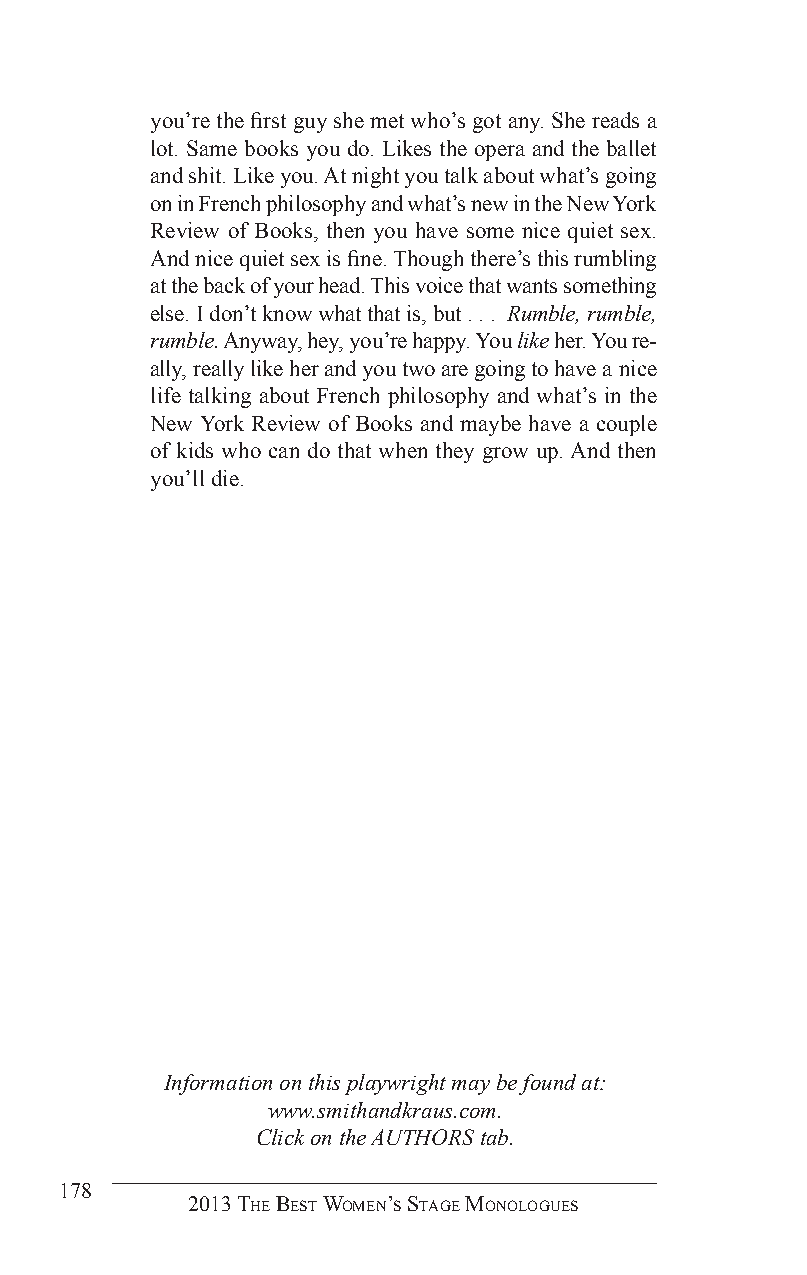
you’re the first guy she met who’s got any. She reads a
 lot. Same books you do. Likes the opera and the ballet
 and shit. Like you. At night you talk about what’s going
 on in French philosophy and what’s new in the New York
 Review of Books, then you have some nice quiet sex.
 And nice quiet sex is fine. Though there’s this rumbling
 at the back of your head. This voice that wants something
 else. I don’t know what that is, but . . . Rumble, rumble,
 rumble. Anyway, hey, you’re happy. You like her. You re-
 ally, really like her and you two are going to have a nice
 life talking about French philosophy and what’s in the
 New York Review of Books and maybe have a couple
 of kids who can do that when they grow up. And then
 you’ll die.
 Information on this playwright may be found at:
 www.smithandkraus.com.
 Click on the AUTHORS tab.
 178
 2013 The BesT Women’s sTage monologues